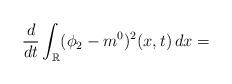
LaTeX: \begin{align*}\frac{d}{dt}\int_{\mathbb{R}} (\phi_2-m^0)^2(x,t)\,dx = \end{align*}